Vaccination in Burma 1920-1933 - 1920-1933
Year: 1920
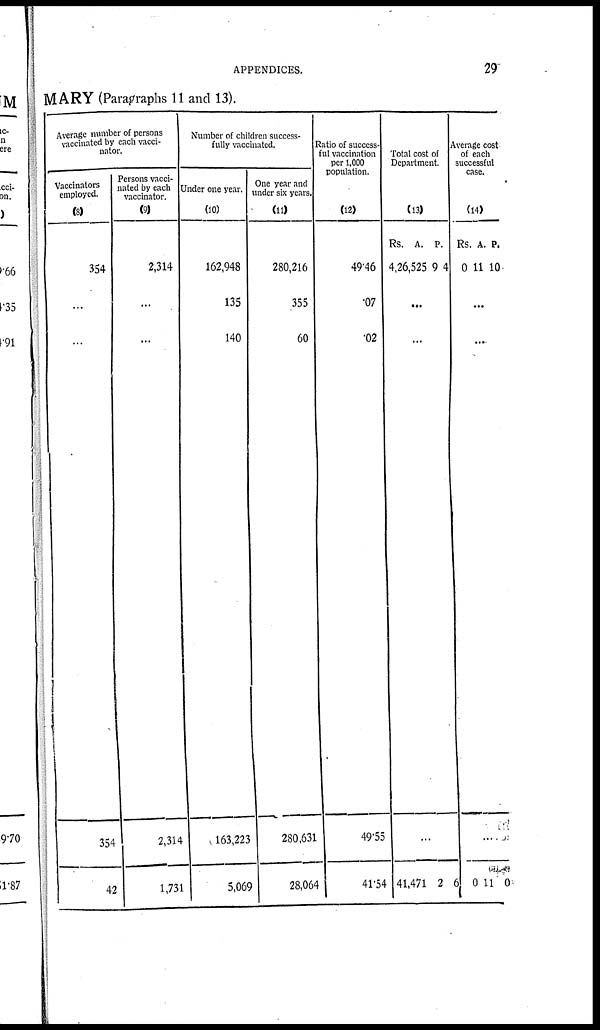
APPENDICES.
29
MARY (Paragraphs 11 and 13).
Average number of persons
vaccinated by each vacci-
nator.
Vaccinators
employed.
(8)
354
...
...
354
42
Persons vacci-
nated by each
vaccinator.
(9)
2,314
...
...
2,314
1,731
Number of children success-
fully vaccinated.
Under one year.
(10)
162,948
135
140
163,223
5,069
One year and
under six years.
(11)
280,216
355
60
280,631
28,064
Ratio of success-
ful vaccination
per 1,000
population.
(12)
49.46
.07
.02
49.55
41.54
Total cost of
Department
(13)
Rs.
4,26,525
A.
9
P.
4
...
...
...
41,471 2
6
Average cost
of each
successful
case.
(14)
Rs.
0
A.
11
P.
10
...
...
0
11 0